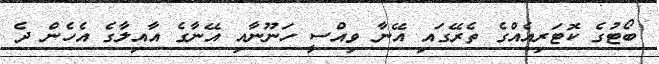
ބޯޓުގެ ކޮޓަރިއެއްގެ ތެރޭގައި އޭނާ ވިއްސީ ހަނޫނާއި އޭނާގެ އާއިލާގެ އެހެން ދެ